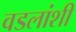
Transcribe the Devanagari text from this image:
वडलांशी